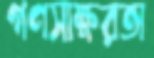
গণসাক্ষরতা